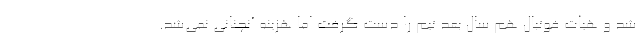
شد و هیات فوتبال هم سال بعد تیم را دست گرفت اما هزینه آنچنانی نمی‌شد.